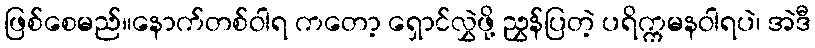
ဖြစ်စေမည်။နောက်တစ်ဝါရ ကတော့ ရှောင်လွှဲဖို့ ညွှန်ပြတဲ့ ပရိက္ကမနဝါရပဲ၊ အဲဒီ